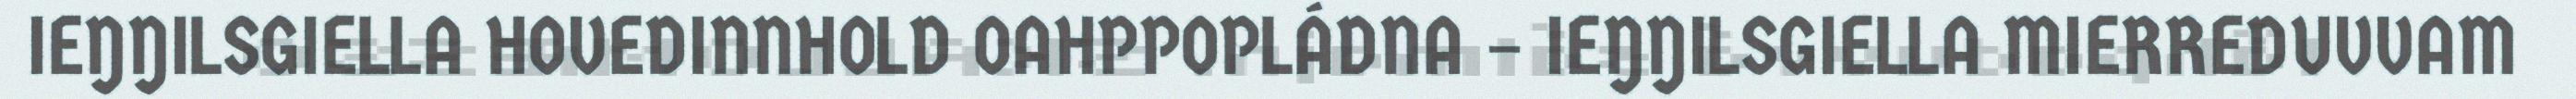
IEŊŊILSGIELLA HOVEDINNHOLD OAHPPOPLÁDNA – IEŊŊILSGIELLA MIERREDUVVAM